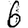
Digit: 6